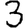
Digit: 3